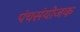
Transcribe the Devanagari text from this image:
पंचसंयोजक